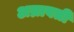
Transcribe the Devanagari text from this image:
अम्रावती